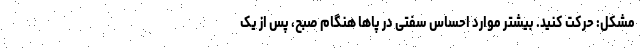
مشکل: حرکت کنید. بیشتر موارد احساس سفتی در پاها هنگام صبح، پس از یک